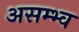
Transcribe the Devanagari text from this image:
असम्भ्व